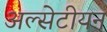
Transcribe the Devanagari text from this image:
अल्सेटीयन